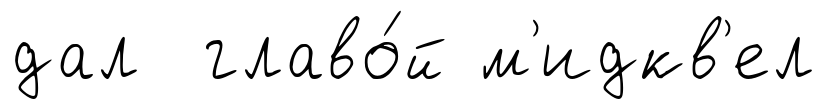
дал главо́й м'идкв'ел